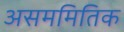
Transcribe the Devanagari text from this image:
असममितिक